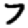
Digit: 7